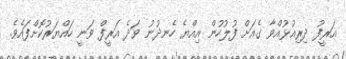
އަރީފު ދިރިއުޅުއްވާ ގެއަށް ފުލުހުން އިއްޔެ ހެނދުނު ވަދެ އަރީފް ވަނީ ހައްޔަރުކޮށްފައެވެ.